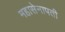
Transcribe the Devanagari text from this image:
महासेनापती